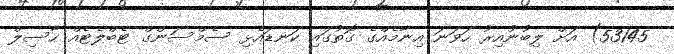
53145) އަށް ލިބުނުއިރު ހަވަނަ އިނާމެއްގެ ގޮތުގައި ކަނޑައެޅި ސެމްސަންގް ޓެބްލެޓެއް ހާސިލް